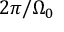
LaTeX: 2 \pi / \Omega _ { 0 }